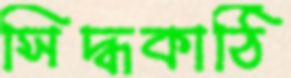
সিদ্ধকাঠি